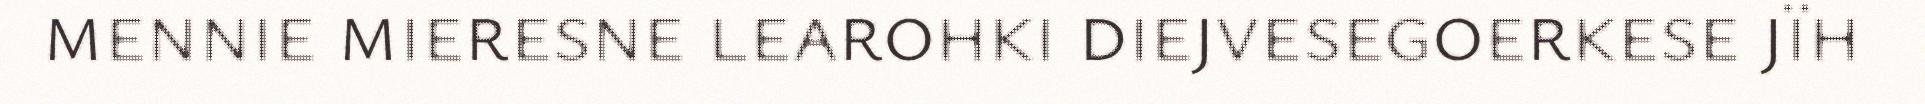
mennie mieresne learohki diejvesegoerkese jïh